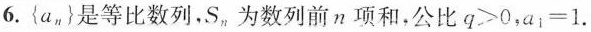
6.{a_{n}}是等比数列，S_{n}为数列前n项和，公比 $$q ＞ 0$$，$$a _ { 1 } = 1$$.